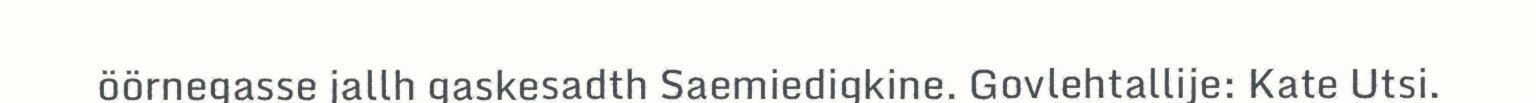
öörnegasse jallh gaskesadth Saemiedigkine. Govlehtallije: Kate Utsi.